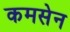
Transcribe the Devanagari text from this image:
कमसेन